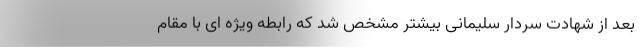
بعد از شهادت سردار سلیمانی بیشتر مشخص شد که رابطه ویژه ای با مقام